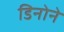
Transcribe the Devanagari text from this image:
डिनोने